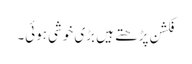
فکشن پڑھتے ہیں بڑی خوشی ہوئی۔